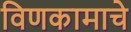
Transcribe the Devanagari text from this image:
विणकामाचे